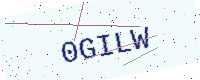
Text: 0GILW